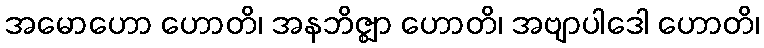
အမောဟော ဟောတိ၊ အနဘိဇ္ဈာ ဟောတိ၊ အဗျာပါဒေါ ဟောတိ၊